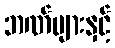
ဘဏ်များနှင့်